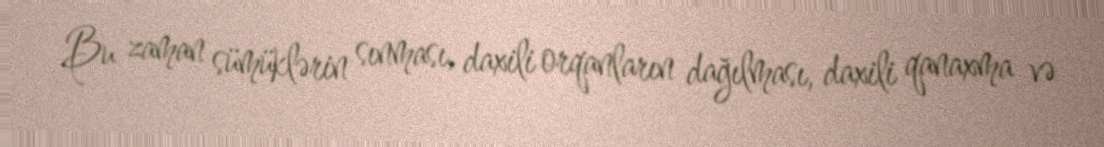
Bu zaman sümüklərin sınması, daxili orqanların dağılması, daxili qanaxma və